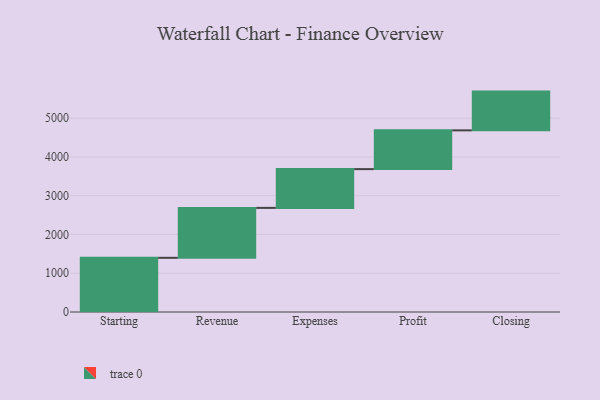
{"axis": {"x": "Step", "y": "Value"}, "legend": [""], "data": [{"x": "Starting", "y": 1398.0, "type": ""}, {"x": "Revenue", "y": 1288.0, "type": ""}, {"x": "Expenses", "y": 1000, "type": ""}, {"x": "Profit", "y": 1000, "type": ""}, {"x": "Closing", "y": 1000, "type": ""}]}